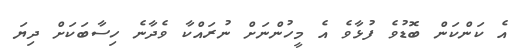
އެ ކަންކަން ބޮޑުވެ ފުޅާވެ އެ މީހުންނަށް ނުރައްކާ ވެދާނެ ހިސާބަކަށް ދިޔަ